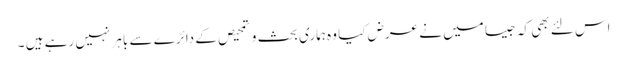
اس لئے بھی کہ جیسا میں نے عرض کیا وہ ہماری بحث و تمحیص کے دائرے سے باہر نہیں رہے ہیں ۔